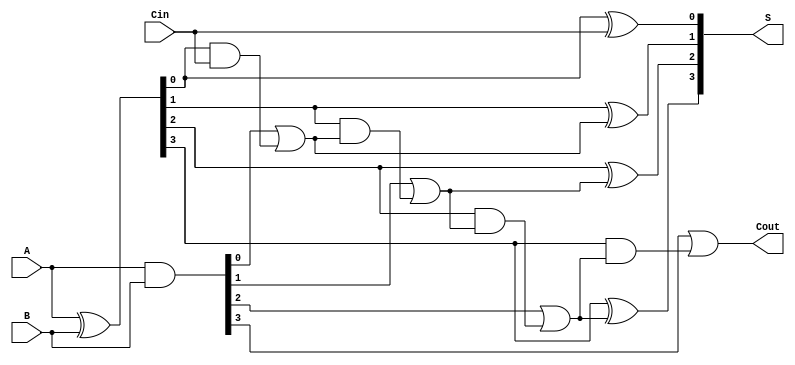
module ParallelPrefixCarrySelectAdder (
    input [3:0] A,      // 4-bit input A
    input [3:0] B,      // 4-bit input B
    input Cin,          // Carry-in
    output [3:0] S,     // 4-bit sum output
    output Cout         // Carry-out
);

    wire [3:0] P;      // Propagate signals
    wire [3:0] G;      // Generate signals
    wire [4:0] C;      // Carry signals

    // Generate and propagate signals
    assign P = A ^ B;  // Propagate
    assign G = A & B;  // Generate

    // Carry generation using prefix logic
    assign C[0] = Cin; // Initial carry-in
    assign C[1] = G[0] | (P[0] & C[0]); // Carry for block 0
    assign C[2] = G[1] | (P[1] & C[1]); // Carry for block 1
    assign C[3] = G[2] | (P[2] & C[2]); // Carry for block 2
    assign C[4] = G[3] | (P[3] & C[3]); // Carry for block 3

    // Sum calculation using carry select
    assign S[0] = P[0] ^ C[0]; // Sum for bit 0
    assign S[1] = P[1] ^ C[1]; // Sum for bit 1
    assign S[2] = P[2] ^ C[2]; // Sum for bit 2
    assign S[3] = P[3] ^ C[3]; // Sum for bit 3

    // Final carry-out
    assign Cout = C[4];

endmodule